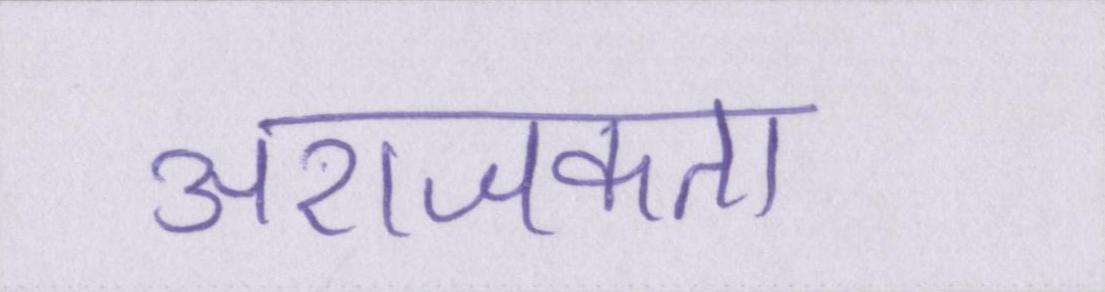
अराजकता